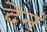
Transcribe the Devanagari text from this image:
देनं